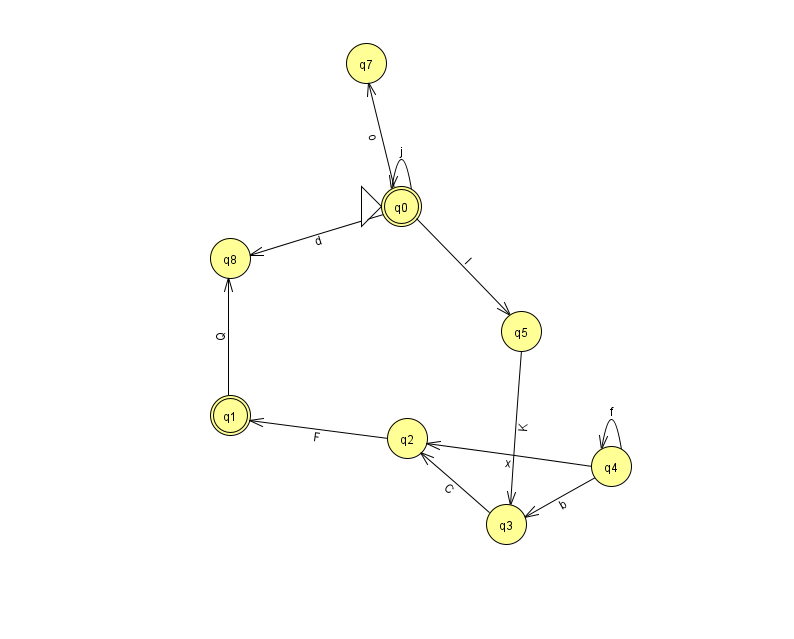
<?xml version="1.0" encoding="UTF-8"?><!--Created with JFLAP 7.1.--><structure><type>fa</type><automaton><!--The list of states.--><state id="0" name="q0"><x>401.0</x><y>193.0</y><initial/><final/></state><state id="1" name="q1"><x>230.0</x><y>402.0</y><final/></state><state id="2" name="q2"><x>407.0</x><y>425.0</y></state><state id="3" name="q3"><x>506.0</x><y>511.0</y></state><state id="4" name="q4"><x>611.0</x><y>453.0</y></state><state id="5" name="q5"><x>521.0</x><y>318.0</y></state><state id="7" name="q7"><x>366.0</x><y>50.0</y></state><state id="8" name="q8"><x>230.0</x><y>245.0</y></state><!--The list of transitions.--><transition><from>3</from><to>2</to><read>C</read></transition><transition><from>1</from><to>8</to><read>Q</read></transition><transition><from>4</from><to>2</to><read>x</read></transition><transition><from>2</from><to>1</to><read>F</read></transition><transition><from>4</from><to>4</to><read>f</read></transition><transition><from>0</from><to>5</to><read>l</read></transition><transition><from>4</from><to>3</to><read>b</read></transition><transition><from>0</from><to>0</to><read>j</read></transition><transition><from>5</from><to>3</to><read>K</read></transition><transition><from>0</from><to>7</to><read>o</read></transition><transition><from>0</from><to>8</to><read>d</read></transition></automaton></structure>